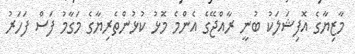
މާޒިޔާގެ އޮފިޝަލަކު ބުނީ ރާއްޖޭގެ އެންމެ މޮޅު ކުޅުންތެރިޔާގެ މަގާމު ފަސް ފަހަރު